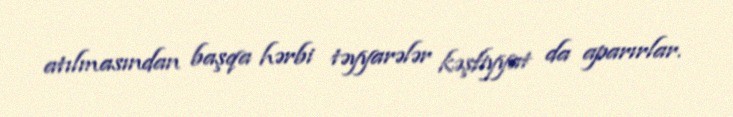
atılmasından başqa hərbi təyyarələr kəşfiyyat da aparırlar.